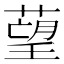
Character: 𦹑